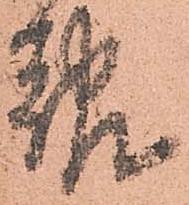
報